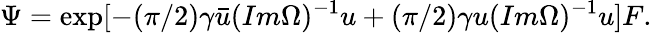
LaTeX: \Psi=\exp[-(\pi/2)\gamma\bar{u}(Im\Omega)^{-1}u+(\pi/2)\gamma u(Im\Omega)^{-1}u]F.